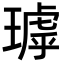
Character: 㻯